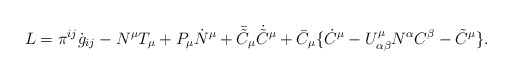
\begin{align*}L = \pi^{ij}\dot{g}_{ij} - N^{\mu}T_{\mu} + P_{\mu}\dot{N}^{\mu} + \bar{\tilde{C}}_{\mu}\dot{\tilde{C}}^{\mu} + \bar{C}_{\mu} \{\dot{C}^{\mu}-U^{\mu}_{\alpha\beta}N^{\alpha}C^{\beta}-\tilde{C}^{\mu} \}.\end{align*}